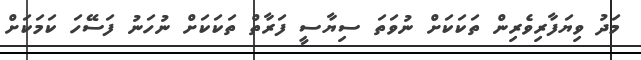
މަދު ވިޔަފާރިވެރިން ތަކަކަށް ނުވަތަ ސިޔާސީ ފަރާތް ތަކަކަށް ނުހަނު ފަސޭހަ ކަމަކަށް